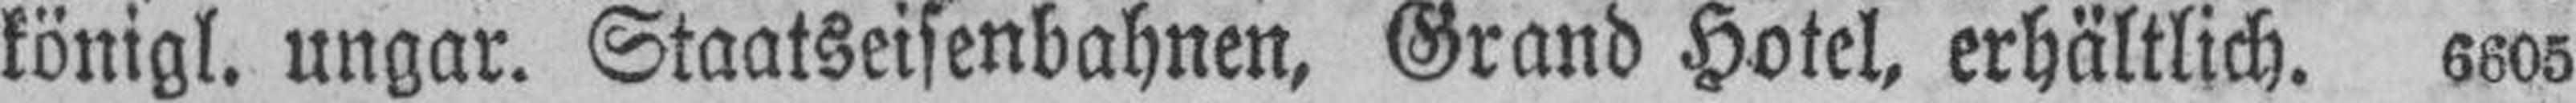
königl. ungar. Staatseisenbahnen, Grand Hotel, erhältlich. 6605